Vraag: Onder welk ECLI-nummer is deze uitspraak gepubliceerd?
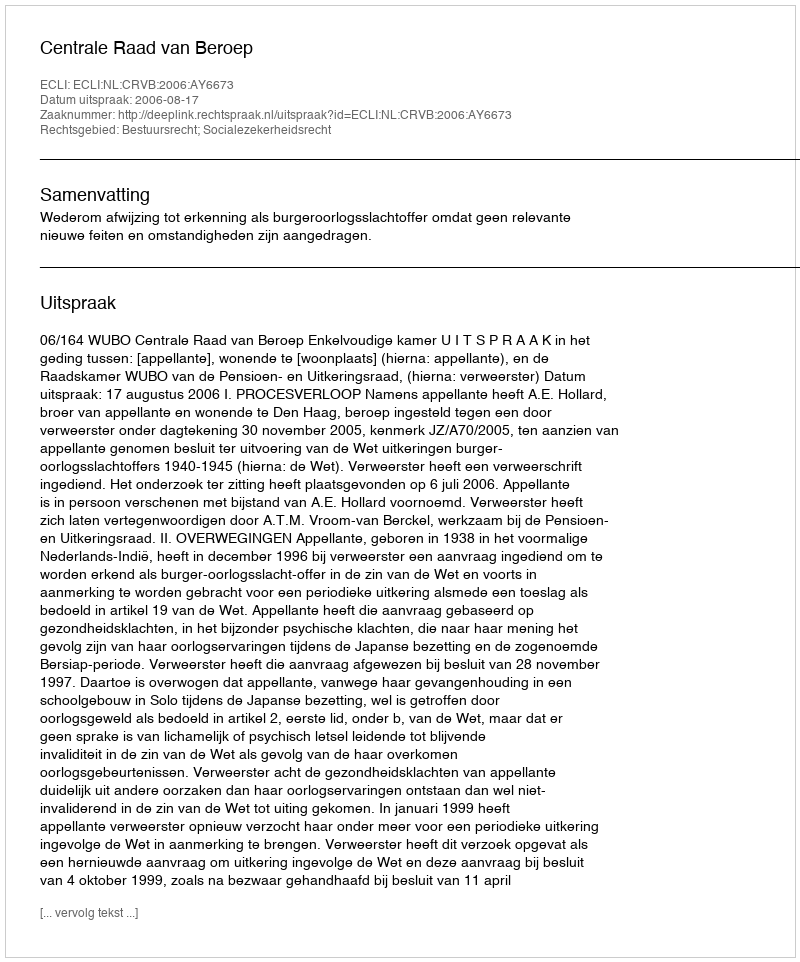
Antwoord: ECLI:NL:CRVB:2006:AY6673